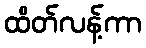
ထိတ်လန့်ကာ